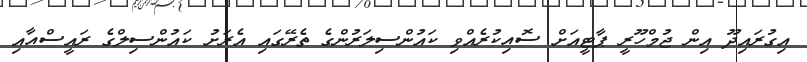
އިގުރައިދޫ އިން ޖުމްހޫރީ ޕާޓީއަށް ސޮއިކުރެއްވި ކައުންސިލަރުންގެ ތެރޭގައި އެރަށު ކައުންސިލްގެ ރައީސްއާއި